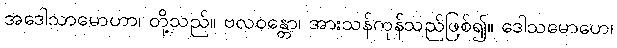
အဒေါသာမောဟာ၊ တို့သည်။ ဗလဝန္တော၊ အားသန်ကုန်သည်ဖြစ်၍။ ဒေါသမောဟေ၊